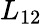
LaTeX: L_{12}